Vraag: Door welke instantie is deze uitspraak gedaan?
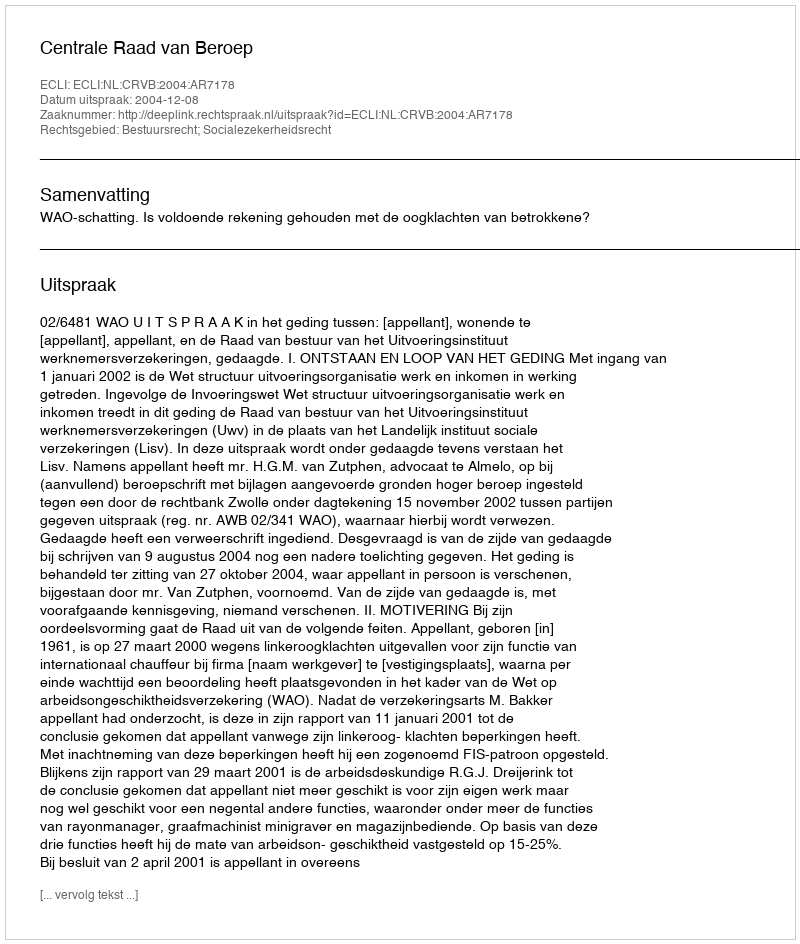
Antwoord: Centrale Raad van Beroep